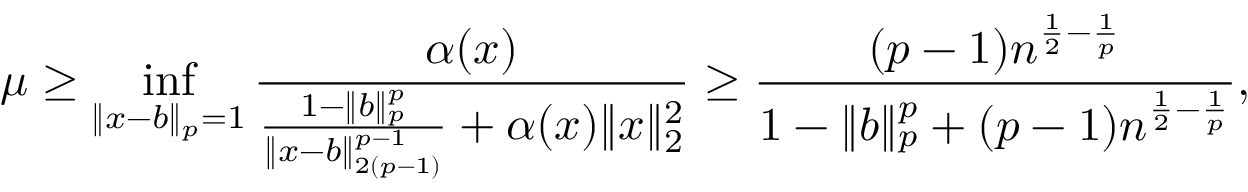
\mu \geq \operatorname* { i n f } _ { \| x - b \| _ { p } = 1 } \frac { \alpha ( x ) } { \frac { 1 - \| b \| _ { p } ^ { p } } { \| x - b \| _ { 2 ( p - 1 ) } ^ { p - 1 } } + \alpha ( x ) \| x \| _ { 2 } ^ { 2 } } \geq \frac { ( p - 1 ) n ^ { \frac { 1 } { 2 } - \frac { 1 } { p } } } { 1 - \| b \| _ { p } ^ { p } + ( p - 1 ) n ^ { \frac { 1 } { 2 } - \frac { 1 } { p } } } ,